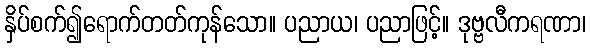
နှိပ်စက်၍ရောက်တတ်ကုန်သော။ ပညာယ၊ ပညာဖြင့်။ ဒုဗ္ဗလီကရဏာ၊